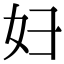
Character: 妇